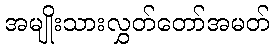
အမျိုးသားလွှတ်တော်အမတ်